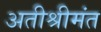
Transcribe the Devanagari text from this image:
अतीश्रीमंत